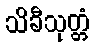
သိခီသုတ္တံ